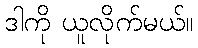
ဒါကို ယူလိုက်မယ်။